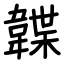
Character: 韘